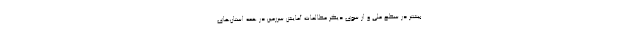
بیشتر در سطح ملی و از سوی دیگر مطالعات آمایش سرزمین در همه استان‌های